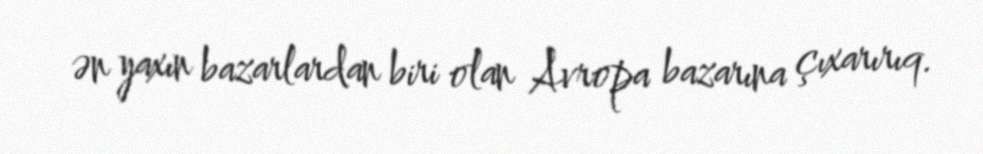
ən yaxın bazarlardan biri olan Avropa bazarına çıxarırıq.